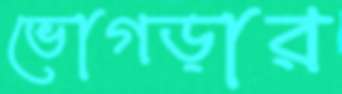
ভোগড়ার